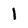
Character: l